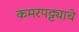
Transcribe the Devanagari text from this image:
कमरपट्ट्याचे